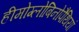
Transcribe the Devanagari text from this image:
हीमोग्लोबिनोपैथियां